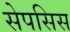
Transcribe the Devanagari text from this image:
सेपसिस